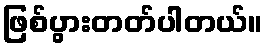
ဖြစ်ပွားတတ်ပါတယ်။